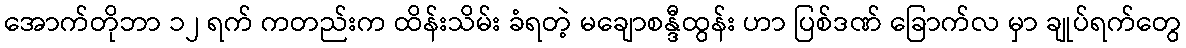
အောက်တိုဘာ ၁၂ ရက် ကတည်းက ထိန်းသိမ်း ခံရတဲ့ မချောစန္ဒီထွန်း ဟာ ပြစ်ဒဏ် ခြောက်လ မှာ ချုပ်ရက်တွေ